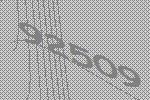
92509